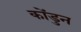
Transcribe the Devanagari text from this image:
कोंडुन